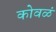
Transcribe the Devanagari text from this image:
कोवळं